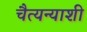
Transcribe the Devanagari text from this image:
चैत्यन्याशी